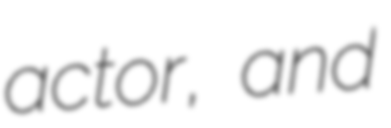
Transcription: actor, and